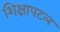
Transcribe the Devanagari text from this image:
शिक्षापटल